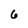
Character: 6